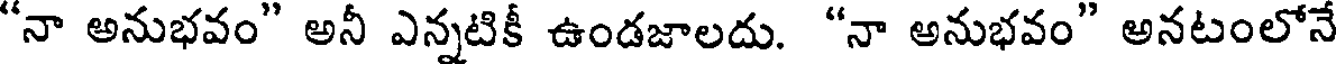
"నా అనుభవం" అనీ ఎన్నటికీ ఉండజాలదు. "నా అనుభవం" అనటంలోనే